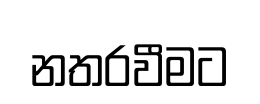
නතරවීමට